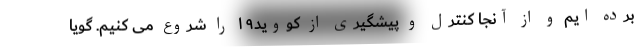
برده ایم و از آنجا کنترل و پیشگیری از کووید۱۹ را شروع می کنیم. گویا